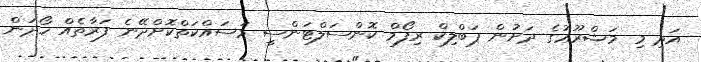
އަދި މި މަޝްރޫޢުގެ ދަށުން ޕަބްލިކް ރިފޯމް ކޮންސަލްޓަންސީ މަސައްކަތްކޮށްދޭނެ ފަރާތެއް ހޯދަން